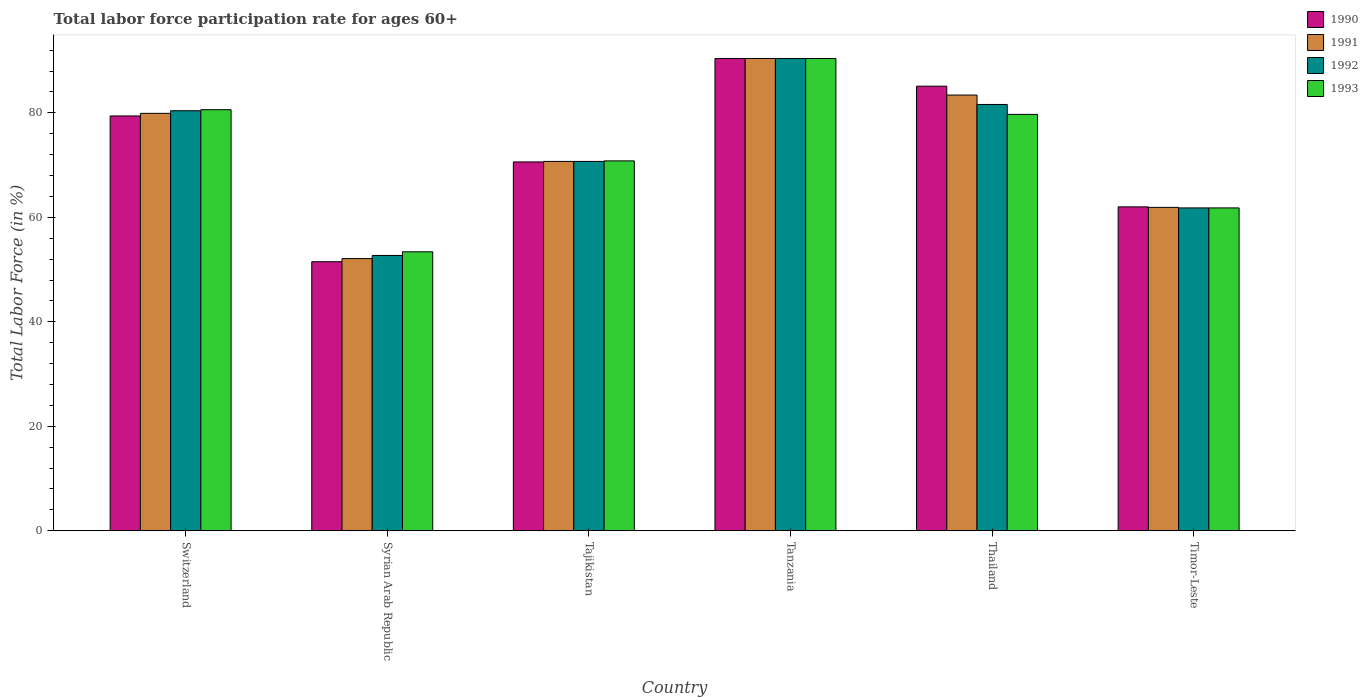
| Country | 1990 | 1991 | 1992 | 1993 |
 | --- | --- | --- | --- | --- |
 | Switzerland | 79.4 | 79.9 | 80.4 | 80.6 |
 | Syrian Arab Republic | 51.5 | 52.1 | 52.7 | 53.4 |
 | Tajikistan | 70.6 | 70.7 | 70.7 | 70.8 |
 | Tanzania | 90.4 | 90.4 | 90.4 | 90.4 |
 | Thailand | 85.1 | 83.4 | 81.6 | 79.7 |
 | Timor-Leste | 62 | 61.9 | 61.8 | 61.8 |